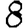
Digit: 8